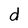
Character: d